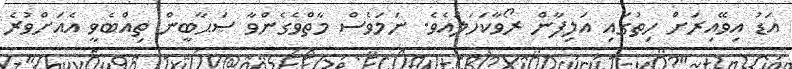
އަޑު އިވޭއިރަށް ހިތުގައި އަލިފާން ރޯވާކަހަލައެވެ. ނަމަވެސް މާތްވެގެންވާ ޞަޙާބީން ތިއްބެވީ އެއަށްވުރެ